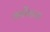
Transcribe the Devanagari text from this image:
वर्गोंवाला